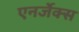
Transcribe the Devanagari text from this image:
एनर्जेक्स